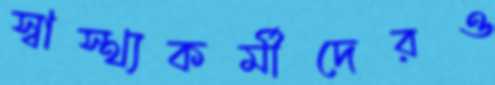
স্বাস্থ্যকর্মীদেরও